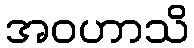
အဝဟာသိ